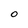
Character: O